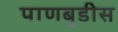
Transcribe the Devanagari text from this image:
पाणबुडीस